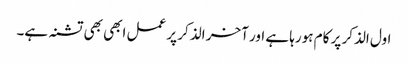
اول الذکر پر کام ہورہا ہے اور آخر الذکر پر عمل ابھی بھی تشنہ ہے۔